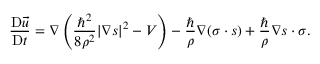
\frac { \mathrm { D } \vec { u } } { \mathrm { D } t } = \boldsymbol { \nabla } \left( \frac { { \hbar } ^ { 2 } } { 8 \rho ^ { 2 } } | \boldsymbol { \nabla } \boldsymbol { s } | ^ { 2 } - V \right) - \frac { \hbar } { \rho } \boldsymbol { \nabla } ( \boldsymbol { \sigma } \cdot \boldsymbol { s } ) + \frac { \hbar } { \rho } \boldsymbol { \nabla } \boldsymbol { s } \cdot \boldsymbol { \sigma } .